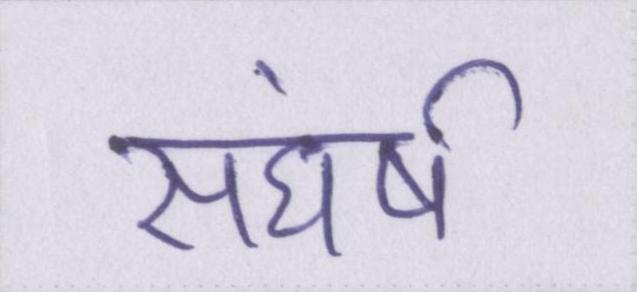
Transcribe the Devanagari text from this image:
सघंर्ष